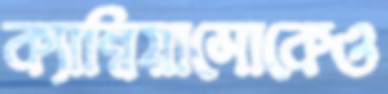
ক্যাম্বিয়াসোকেও